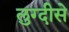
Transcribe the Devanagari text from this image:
लुग्दीसे